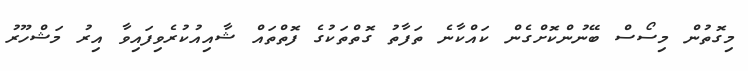
މިގޮތުން މިސޯސް ބޭނުންކޮށްގެން ކައްކާނެ ތަފާތު ގޮތްތަކުގެ ފޮތްތައް ޝާއިއުކުރެވިފައިވާ އިރު މަޝްހޫރު